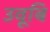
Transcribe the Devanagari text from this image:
उवूबि